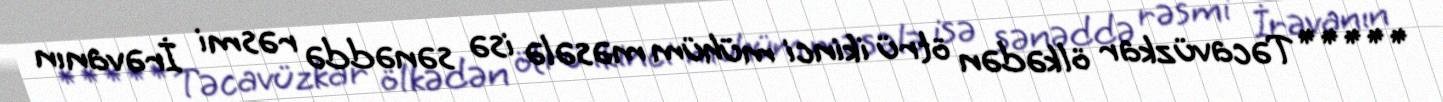
***** Təcavüzkar ölkədən ötrü ikinci mühüm məsələ isə sənəddə rəsmi İrəvanın